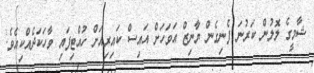
ޝާމީގެ ލޮލުން ކަރުނަ ފެނިގެން ޔާނިޒް އަވަހަށް އައިސް ކައިރިއަށް ހުއްޓިފައި ވާހަކަދެއްކިއެވެ.